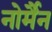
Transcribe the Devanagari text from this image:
नोर्मैन